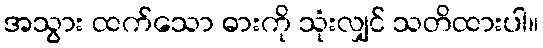
အသွား ထက်သော ဓားကို သုံးလျှင် သတိထားပါ။